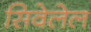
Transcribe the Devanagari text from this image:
सिवेलेल